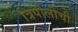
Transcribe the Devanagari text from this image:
त्रिपोलीची